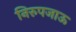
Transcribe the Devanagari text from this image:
निरुपजाऊ